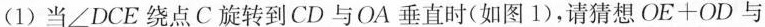
(1)当∠DCE绕点C旋转到CD与OA垂直时(如图1)，请猜想$$O E + O D$$与